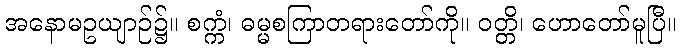
အနောမဥယျာဉ်၌။ စက္ကံ၊ ဓမ္မစကြာတရားတော်ကို။ ဝတ္တိ၊ ဟောတော်မူပြီ။